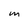
Character: M